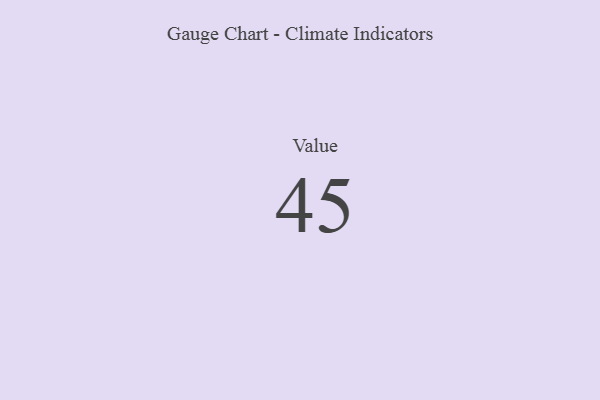
{"axis": {"x": "Metric", "y": "Value"}, "legend": [""], "data": [{"x": "Value", "y": 45, "type": ""}]}